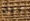
أجل